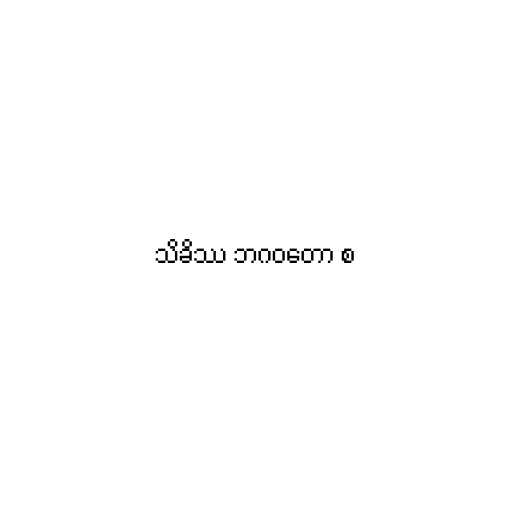
သိခိဿ ဘဂဝတော စ